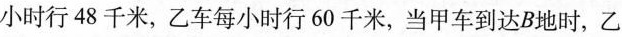
小时行48千米，乙车每小时行60千米，当甲车到达B地时，乙